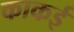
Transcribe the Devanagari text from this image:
काकई